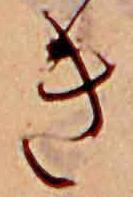
き